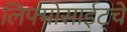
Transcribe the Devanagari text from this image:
लिफ्मोसाईट्चे